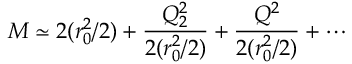
M \simeq 2 ( r _ { 0 } ^ { 2 } / 2 ) + \frac { Q _ { 2 } ^ { 2 } } { 2 ( r _ { 0 } ^ { 2 } / 2 ) } + \frac { Q ^ { 2 } } { 2 ( r _ { 0 } ^ { 2 } / 2 ) } + \cdots